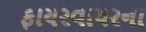
ફાયરવાયરના